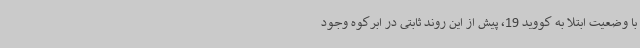
با وضعیت ابتلا به کووید 19، پیش‌ از این روند ثابتی در ابرکوه وجود